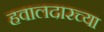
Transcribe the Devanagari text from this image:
हवालदारच्या